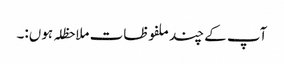
آپ کے چند ملفوظات ملاحظلہ ہوں:۔